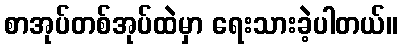
စာအုပ်တစ်အုပ်ထဲမှာ ရေးသားခဲ့ပါတယ်။